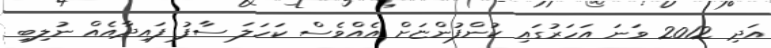
އަދި 2012 ވަނަ އަހަރުގައި ކުންފުންޏަށް އެއްވެސް ކަހަލަ ސާފު ފައިދާއެއް ނުލިބި